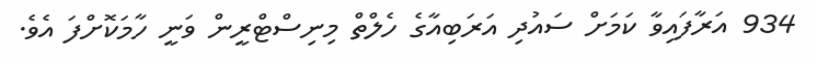
934 އަރާފައިވާ ކަމަށް ސައުދި އަރަބިއާގެ ހެލްތް މިނިސްޓްރީން ވަނީ ހާމަކޮށްފަ އެވެ.